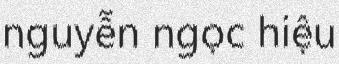
nguyễn ngọc hiệu